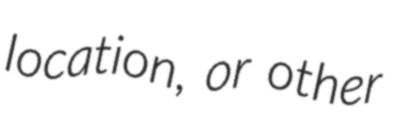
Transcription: location, or other